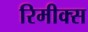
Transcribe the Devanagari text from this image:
रिमीक्स